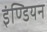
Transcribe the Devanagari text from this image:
इंण्डियन